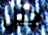
جلل